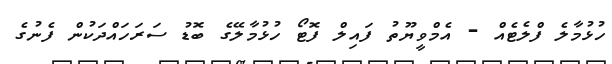
ހުޅުމާލެ ފްލެޓެއް - އެމްވީޔޫތު ފައިލް ފޮޓޯ ހުޅުމާލޭގެ ބޮޑު ސަރަހައްދަކުން ފެނުގެ